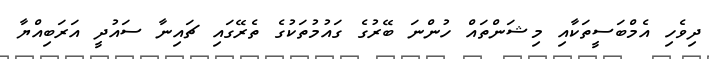
ދިވެހި އެމްބަސީތަކާއި މިޝަންތައް ހުންނަ ބޭރުގެ ގައުމުތަކުގެ ތެރޭގައި ޗައިނާ ސައުދީ އަރަބިއްޔާ